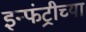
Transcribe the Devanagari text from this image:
इन्फंट्रीच्या